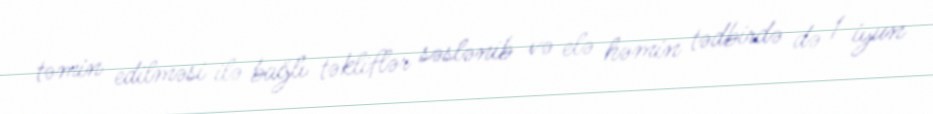
təmin edilməsi ilə bağlı təkliflər səslənib və elə həmin tədbirdə də 1 iyun